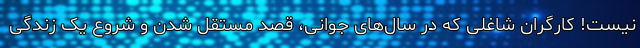
نیست! کارگران شاغلی که در سال‌های جوانی، قصد مستقل شدن و شروع یک زندگی